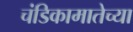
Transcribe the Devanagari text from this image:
चंडिकामातेच्या